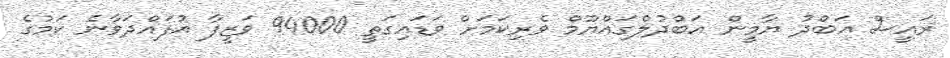
ރައީސް އަބްދު ޔާމީން އަބްދުލްގައްޔޫމް ވެރިކަމަށް ވަޑައިގަތީ 94000 ވަޒީފާ އުފައްދަވާނެ ކަމުގެ